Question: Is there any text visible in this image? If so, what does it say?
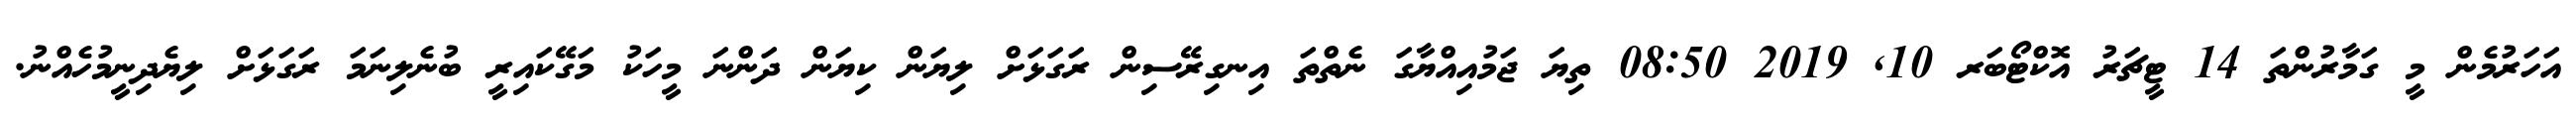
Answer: އަހަރުމެން މީ ގަމާރުންތަ 14 ޓީޗަރު އޮކްޓޯބަރ 10, 2019 08:50 ތިޔަ ޖަމުއިއްޔާގަ ނެތްތަ އިނގިރޭސިން ރަގަޅަށް ލިޔަން ކިޔަން ދަންނަ މީހަކު މަގޭކައިރީ ބުނެލިނަމަ ރަގަޅަށް ލިޔެދިނީމުހެއްނު.